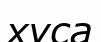
хуса